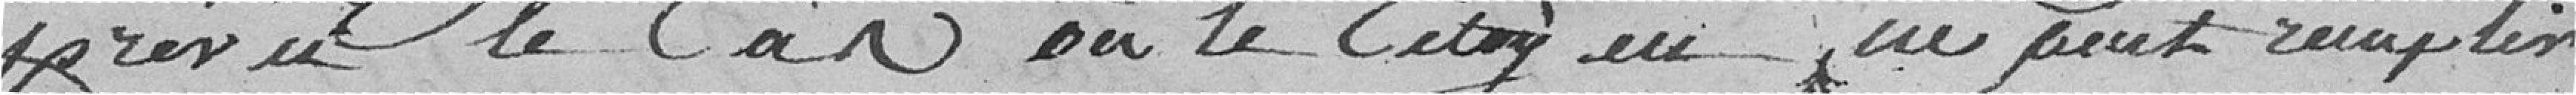
prévu le cas où le citoyen ne peut remplir